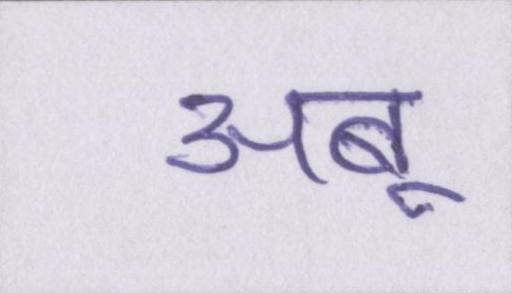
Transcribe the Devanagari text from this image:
अबू